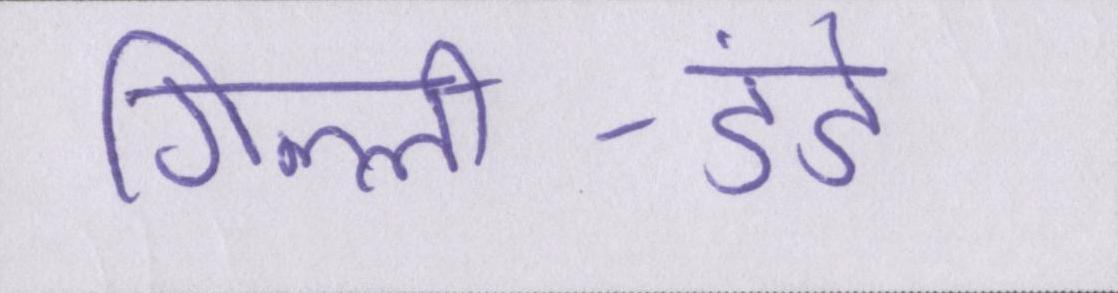
गिल्ली-डंडे